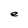
Character: e